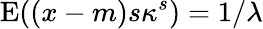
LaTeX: \operatorname{E}((x-m)s\kappa^{s})=1/\lambda